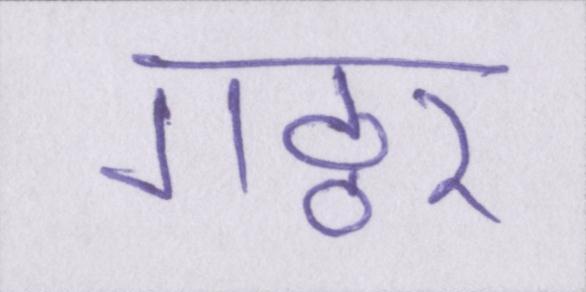
गठ्ठर